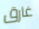
غارق